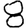
Digit: 8